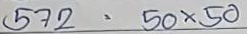
572 = 50 x 50